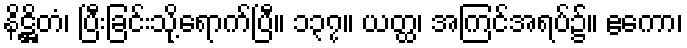
နိဋ္ဌိတံ၊ ပြီးခြင်းသို့ရောက်ပြီ။ ၁၃၇။ ယတ္ထ၊ အကြင်အရပ်၌။ ဧကော၊